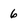
Character: 6